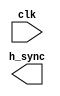
module horizontal_sync(
    input wire clk,
    output reg h_sync
);

// Insert code for generating horizontal sync signal here

endmodule